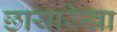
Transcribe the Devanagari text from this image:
छायारेखा